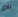
بلاغ